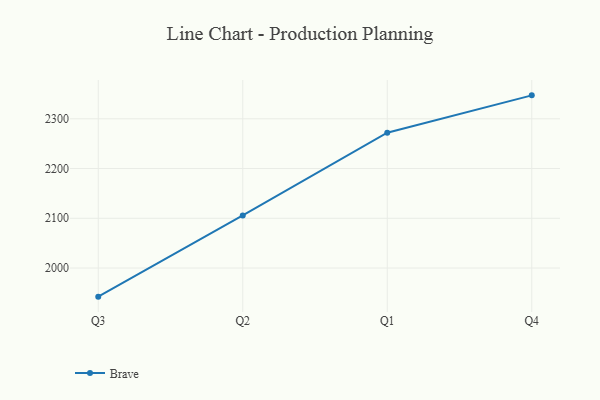
{"axis": {"x": "Quarter", "y": "Customer Acquisition Cost (USD)"}, "legend": ["Brave"], "data": [{"x": "Q3", "y": 1942.5, "type": "Brave"}, {"x": "Q2", "y": 2105.7, "type": "Brave"}, {"x": "Q1", "y": 2272.1, "type": "Brave"}, {"x": "Q4", "y": 2347.1, "type": "Brave"}]}